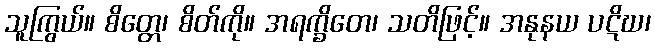
သူကြွယ်။ စိတ္တေ၊ စိတ်ကို။ အရက္ခိတေ၊ သတိဖြင့်။ အနုနယ ပဋိဃ၊